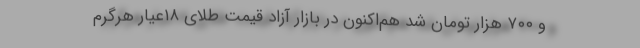
و ۷۰۰ هزار تومان شد هم‌اکنون در بازار آزاد قیمت طلای ۱۸عیار هرگرم